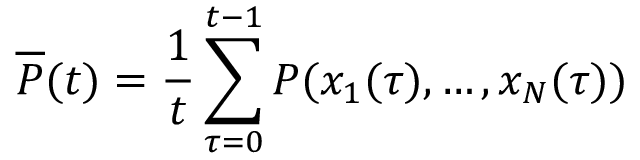
{ \overline { { P } } } ( t ) = { \frac { 1 } { t } } \sum _ { \tau = 0 } ^ { t - 1 } P ( x _ { 1 } ( \tau ) , \ldots , x _ { N } ( \tau ) )